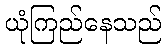
ယုံကြည်နေသည်